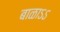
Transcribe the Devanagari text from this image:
बाळाऽऽ